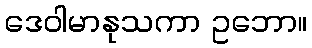
ဒေဝါမာနုသကာ ဥဘော။